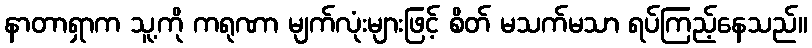
နာတာရှာက သူ့ကို ကရုဏာ မျက်လုံးများဖြင့် စိတ် မသက်မသာ ရပ်ကြည့်နေသည်။